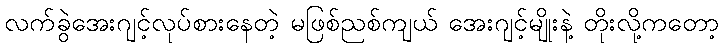
လက်ခွဲအေးဂျင့်လုပ်စားနေတဲ့ မဖြစ်ညစ်ကျယ် အေးဂျင့်မျိုးနဲ့ တိုးလို့ကတော့